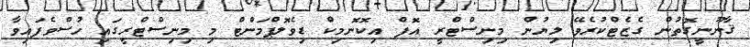
ޤާނޫނީގޮތުން ގެޒެޓްކުރެވޭ ލިޔުން މިނިސްޓްރީ އޮފް އިކޮނޮމިކް ޑިވެލޮޕްމަންޓް މި މިނިސްޓްރީގައި ހުސްވެފައިވާ